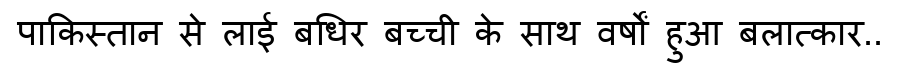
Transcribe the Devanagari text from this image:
पाकिस्तान से लाई बधिर बच्ची के साथ वर्षों हुआ बलात्कार..